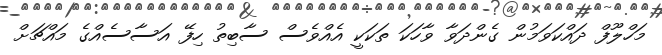
މަހްލޫފް ދައްކަވަމުން ގެންދަވާ ވާހަކަ ތަކަކީ އެއްވެސް ސާބިތު ހިފޭ އަސާސެއްގެ މައްޗަށް